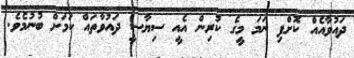
ދައުވާއެއް ކޮށްފި ނަމަ މީގެ ކުރިން އެއީ ސިޔާސީ ދައުވާތައް ކަމަށް ބުނުމެވެ.